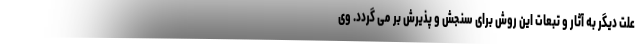
علت دیگر به آثار و تبعات این روش برای سنجش و پذیرش بر می گردد. وی